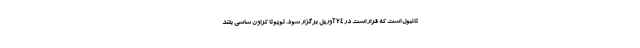
تانبول است که قرار است در ۲۴ آوریل برگزار شود. تویوتا کراون شاسی بلند